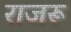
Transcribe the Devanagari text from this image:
राजरू